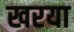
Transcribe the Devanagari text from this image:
खरया